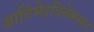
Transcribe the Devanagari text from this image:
जातिभेदविवेकसार